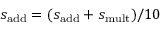
{ s } _ { \mathrm { a d d } } = ( { s } _ { \mathrm { a d d } } + { s } _ { \mathrm { m u l t } } ) / 1 0